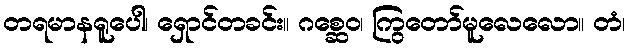
တရမာနရူပေါ၊ ရှောင်တခင်း။ ဂစ္ဆေဝ၊ ကြွတော်မူလေလော။ တံ၊